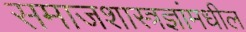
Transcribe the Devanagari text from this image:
समाजशास्त्रज्ञांमधील